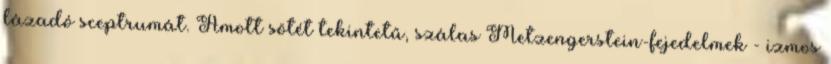
lázadó sceptrumát. Amott sötét tekintetű, szálas Metzengerstein-fejedelmek - izmos